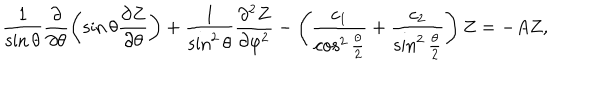
LaTeX: \frac { 1 } { \sin \theta } \frac { \partial } { \partial \theta } \left( \sin \theta \frac { \partial Z } { \partial \theta } \right) + \frac { 1 } { \sin ^ { 2 } \theta } \frac { \partial ^ { 2 } Z } { \partial \varphi ^ { 2 } } - \left( \frac { c _ { 1 } } { \cos ^ { 2 } \frac { \theta } { 2 } } + \frac { c _ { 2 } } { \sin ^ { 2 } \frac { \theta } { 2 } } \right) Z = - A Z ,